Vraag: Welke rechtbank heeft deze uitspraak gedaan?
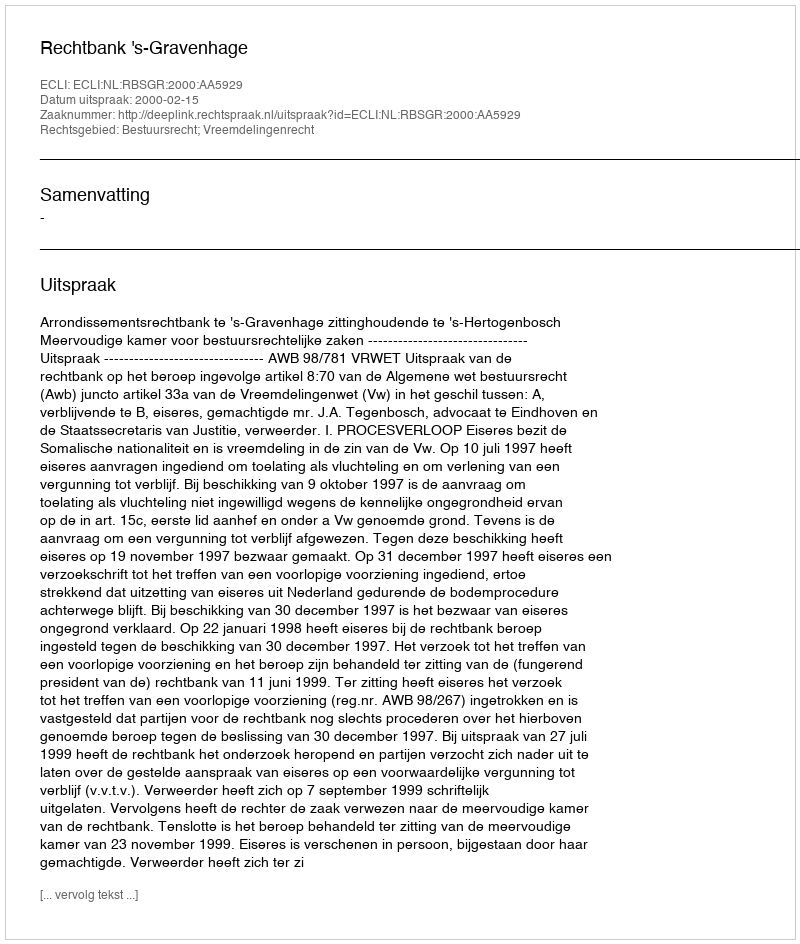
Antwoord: Rechtbank 's-Gravenhage